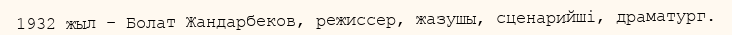
1932 жыл – Болат Жандарбеков, режиссер, жазушы, сценарийші, драматург.